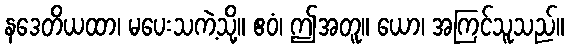
နဒေတိယထာ၊ မပေးသကဲ့သို့။ ဧဝံ၊ ဤအတူ။ ယော၊ အကြင်သူသည်။